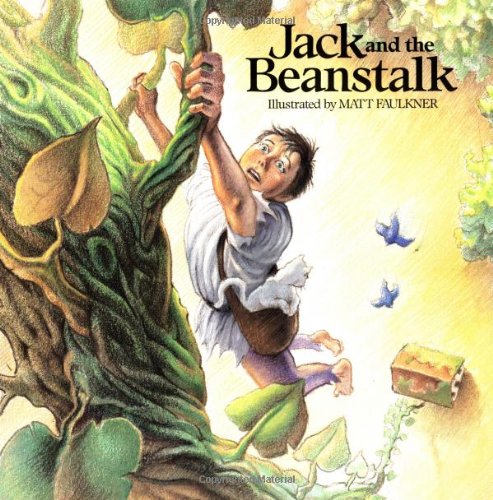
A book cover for Jack and the Beanstalk; Matt Faulkner; Children's Books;